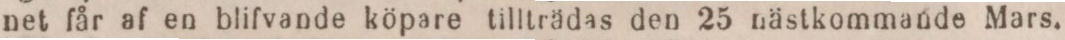
net får af en blifvande köpare tillträdas den 25 nästkommande Mars.